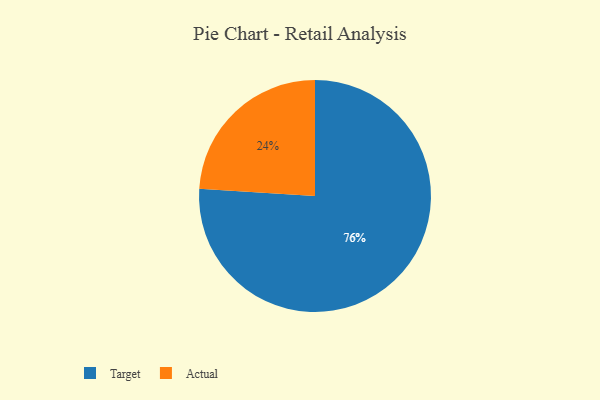
{"axis": {"x": "Category", "y": "Percentage"}, "legend": ["Actual", "Target"], "data": [{"x": "Target", "y": 76, "type": "Target"}, {"x": "Actual", "y": 24, "type": "Actual"}]}